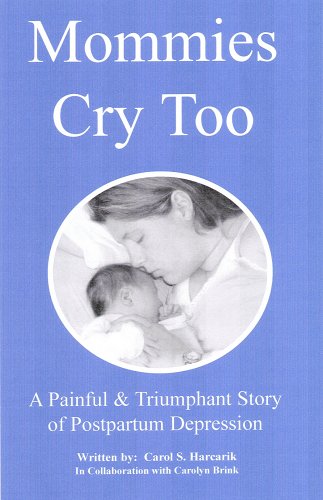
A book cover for Mommies Cry Too: A Painful & Triumphant Story of Postpartum Depression; Carol S Harcarik; Health, Fitness & Dieting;